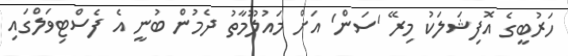
ހަރުބީގެ އޮފިޝަލަކު މިރޭ 'ސަން' އަށް މައުލޫމާތު ދެމުން ބުނީ އެ ފެސްޓިވަލްގައި